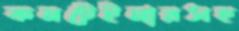
কনটেইনারসহ